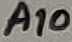
Text: A10